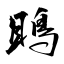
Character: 鴡